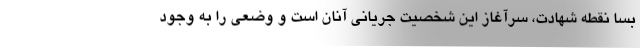
بسا نقطه شهادت، سرآغاز این شخصیت جریانی آنان است و وضعی را به وجود